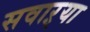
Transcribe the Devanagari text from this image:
सवाऱ्या